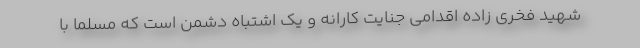
شهید فخری زاده اقدامی جنایت کارانه و یک اشتباه دشمن است که مسلما با